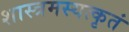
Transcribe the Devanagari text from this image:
शास्त्रमस्यत्कृतं